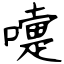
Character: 嚏